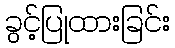
ခွင့်ပြုထားခြင်း